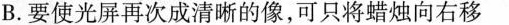
B.要使光屏再次成清晰的像，可只将蜡烛向右移